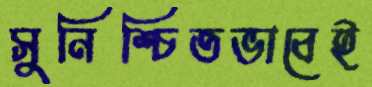
সুনিশ্চিতভাবেই